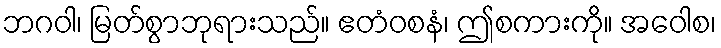
ဘဂဝါ၊ မြတ်စွာဘုရားသည်။ ဧတံဝစနံ၊ ဤစကားကို။ အဝေါစ၊